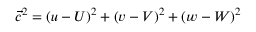
{ \vec { c } } ^ { 2 } = ( u - U ) ^ { 2 } + ( v - V ) ^ { 2 } + ( w - W ) ^ { 2 }